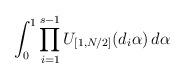
LaTeX: \begin{align*} \int_0^1 \prod_{i=1}^{s-1} U_{[1,N/2]}(d_i \alpha) \,d \alpha\end{align*}